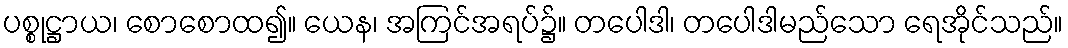
ပစ္စုဋ္ဌာယ၊ စောစောထ၍။ ယေန၊ အကြင်အရပ်၌။ တပေါဒါ၊ တပေါဒါမည်သော ရေအိုင်သည်။